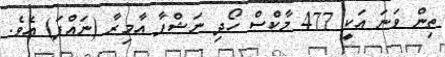
ތިން ވަނަ އަކީ 477 މާކްސް ހޯދި ނަޝްފާ އާމިރާ (ނައްފަ) އެވެ.